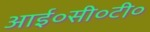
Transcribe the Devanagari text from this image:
आई०सी०टी०